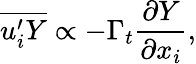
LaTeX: \overline{{u_{i}^{\prime}Y}}\propto-\Gamma_{t}\frac{\partial Y}{\partial x_{i}},